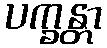
ပက္ခန္တာ